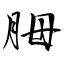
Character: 胟